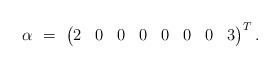
LaTeX: \begin{align*}\alpha\ =\ \begin{pmatrix}2 & 0 & 0 & 0 & 0 & 0 & 0 & 3\end{pmatrix}^T.\end{align*}